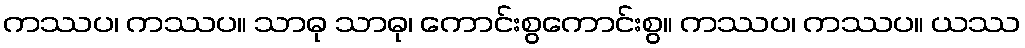
ကဿပ၊ ကဿပ။ သာဓု သာဓု၊ ကောင်းစွကောင်းစွ။ ကဿပ၊ ကဿပ။ ယဿ